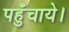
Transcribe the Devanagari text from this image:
पहुँचाये।